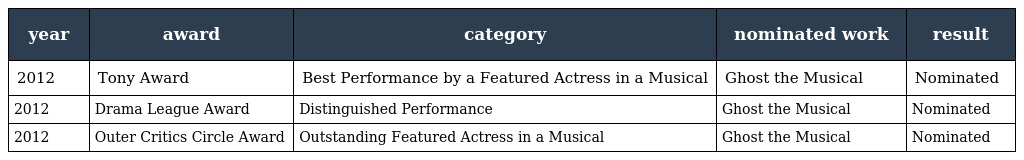
| year | award | category | nominated work | result |
 | --- | --- | --- | --- | --- |
 | 2012 | Tony Award | Best Performance by a Featured Actress in a Musical | Ghost the Musical | Nominated |
 | 2012 | Drama League Award | Distinguished Performance | Ghost the Musical | Nominated |
 | 2012 | Outer Critics Circle Award | Outstanding Featured Actress in a Musical | Ghost the Musical | Nominated |